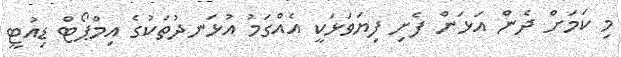
މި ކަމަށް ދެން އަޅަން ފެށި ފިޔަވަޅަކީ އެއްގަމު އުޅަނދުތަކުގެ އިމްޕޯޓް ޑިއުޓީ